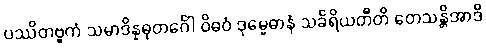
ပဿိတဗ္ဗကံ သမာဒိန္နဓုတင်္ဂေါ ဝိဓဝံ ဒုမ္မေဓာနံ သင်္ခရိယတီတိ တေသန္တိအာဒိ